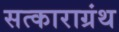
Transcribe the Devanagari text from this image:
सत्काराग्रंथ